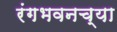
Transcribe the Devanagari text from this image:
रंगभवनच्या